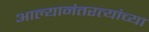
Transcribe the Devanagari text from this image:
आल्यानंतरत्यांच्या